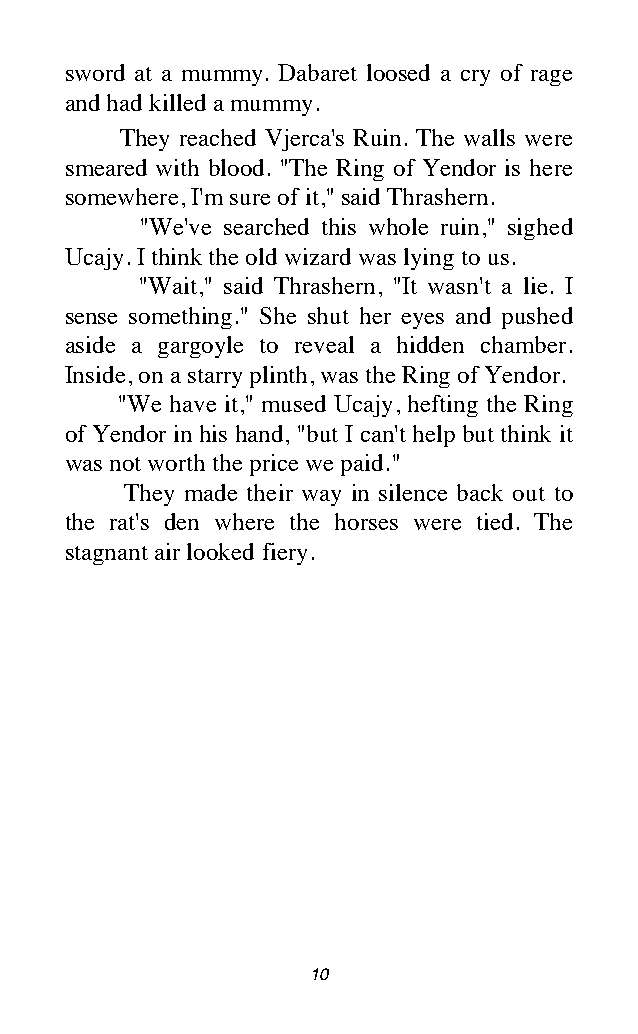
sword at a mummy. Dabaret loosed a cry of rage
 and had killed a mummy.
 They reached Vjerca's Ruin. The walls were
 smeared with blood. "The Ring of Yendor is here
 somewhere, I'm sure of it," said Thrashern.
 "We've searched this whole ruin," sighed
 Ucajy. I think the old wizard was lying to us.
 "Wait," said Thrashern, "It wasn't a lie. I
 sense something." She shut her eyes and pushed
 aside a gargoyle to reveal a hidden chamber.
 Inside, on a starry plinth, was the Ring of Yendor.
 "We have it," mused Ucajy, hefting the Ring
 of Yendor in his hand, "but I can't help but think it
 was not worth the price we paid."
 They made their way in silence back out to
 the rat's den where the horses were tied. The
 stagnant air looked fiery.
 10